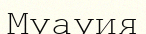
Муауия